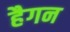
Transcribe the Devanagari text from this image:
हैगन